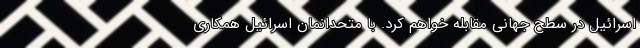
اسرائیل در سطح جهانی مقابله خواهم کرد. با متحدانمان اسرائیل همکاری